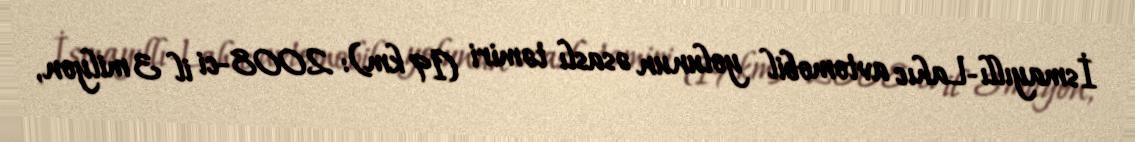
İsmayıllı-Lahıc avtomobil yolunun əsaslı təmiri (19 km): 2008-ci il 3 milyon,